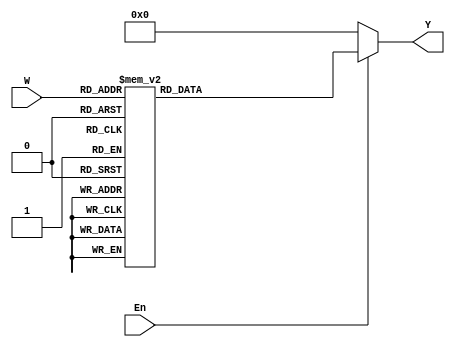
module decodificaReg(W, En, Y);

	/***************************************************************************
	* Decodificador responsavel por receber o numero do registrador escolhido
	* pela instrucao e emitir um sinal que possibilite a selecao da saida deste
	* pelo multiplexador
	***************************************************************************/

	input [2:0] W;
	input En;
	output reg [7:0] Y;

	always @(W or En) begin
		if (En == 1)
			case(W)
				3'b000: Y = 8'b00000001;	// reg0
				3'b001: Y = 8'b00000010;	// reg1
				3'b010: Y = 8'b00000100;	// reg2
				3'b011: Y = 8'b00001000;	// reg3
				3'b100: Y = 8'b00010000;	// reg4
				3'b101: Y = 8'b00100000;	// reg5
				3'b110: Y = 8'b01000000;	// reg6
				3'b111: Y = 8'b10000000;	// reg7
			endcase
		else
			Y = 8'b00000000;
	end
endmodule